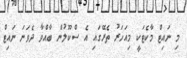
މި ނައިޓް މާކެޓަކީ މިއަހަރު ތެރޭގައި އެ ސްކޫލުން ބާއްވާ ދެވަނަ ނައިޓް